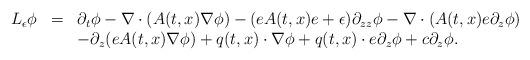
LaTeX: \begin{align*} \begin{array}{rcl}L_{\epsilon} \phi &=& \partial_{t} \phi - \nabla \cdot (A(t,x) \nabla \phi) - (eA(t,x)e+\epsilon) \partial_{zz}\phi - \nabla \cdot (A(t,x)e \partial_{z} \phi)\\&&-\partial_{z}(e A(t,x)\nabla \phi) +q(t,x)\cdot\nabla\phi+q(t,x)\cdot e\partial_{z}\phi+c\partial_{z}\phi.\\\end{array}\end{align*}